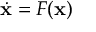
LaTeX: { \dot { \mathbf { x } } } = F ( \mathbf { x } )